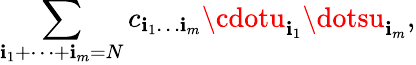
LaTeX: \sum_{\mathbf{i}_{1}+\dots+\mathbf{i}_{m}=N}c_{\mathbf{i}_{1}\dots\mathbf{i}_{m}}\cdotu_{\mathbf{i}_{1}}\dotsu_{\mathbf{i}_{m}},